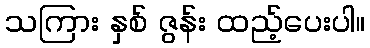
သကြား နှစ် ဇွန်း ထည့်ပေးပါ။